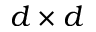
d \times d